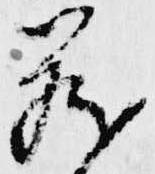
蔵